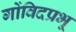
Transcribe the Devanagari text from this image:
गोंविदप्रभू